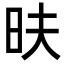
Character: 㫙